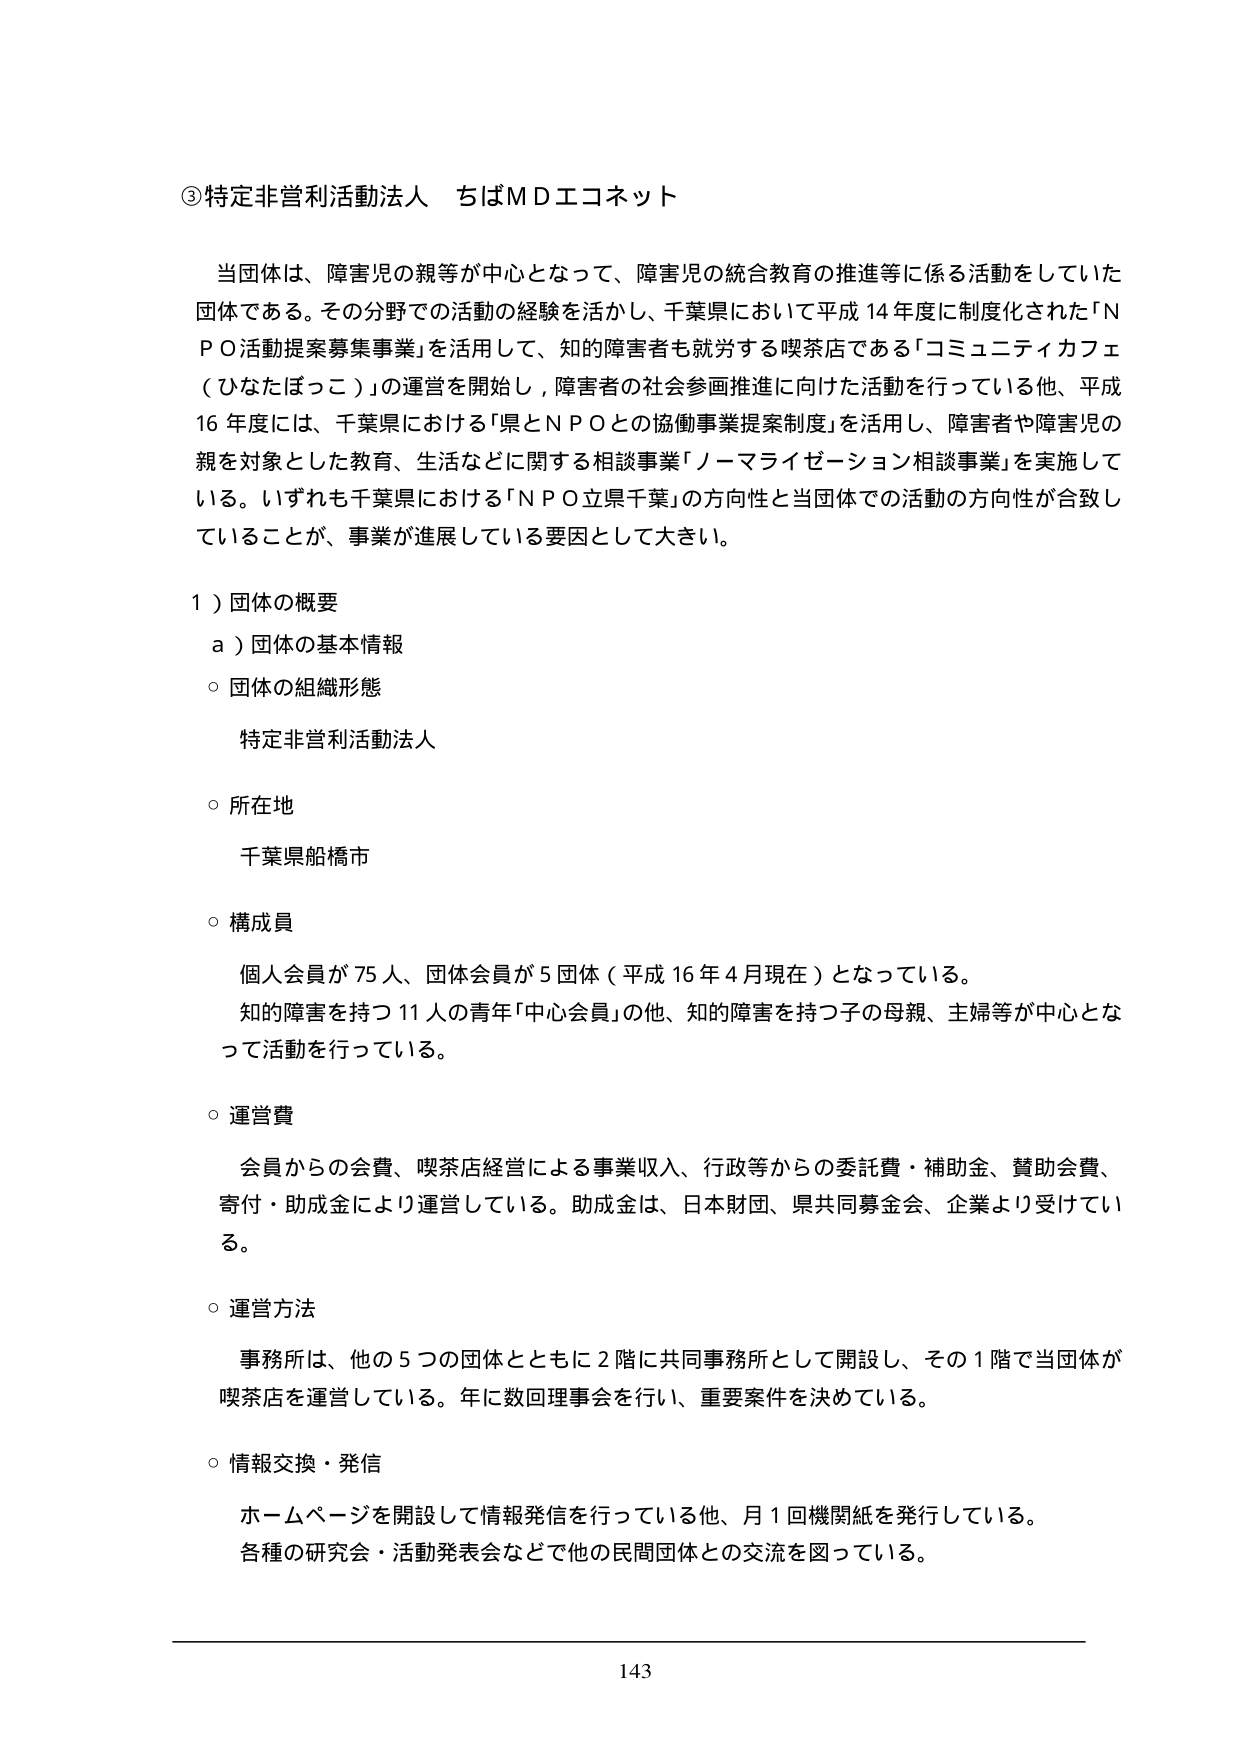
③特定非営利活動法人 ちばＭＤエコネット

当団体は、障害児の親等が中心となって、障害児の統合教育の推進等に係る活動をしていた団体である。その分野での活動の経験を活かし、千葉県において平成14年度に制度化された「ＮＰＯ活動提案募集事業」を活用して、知的障害者も就労する喫茶店である「コミュニティカフェ（ひなたぼっこ）」の運営を開始し、障害者の社会参画推進に向けた活動を行っている他、平成16年度には、千葉県における「県とＮＰＯとの協働事業提案制度」を活用し、障害者や障害児の親を対象とした教育、生活などに関する相談事業「ノーマライゼーション相談事業」を実施している。いずれも千葉県における「ＮＰＯ立県千葉」の方向性と当団体での活動の方向性が合致していることが、事業が進展している要因として大きい。

１）団体の概要
　ａ）団体の基本情報
　　○ 団体の組織形態
　　　特定非営利活動法人
　　○ 所在地
　　　千葉県船橋市
　　○ 構成員
　　　個人会員が75人、団体会員が5団体（平成16年4月現在）となっている。
　　　知的障害を持つ11人の青年「中心会員」の他、知的障害を持つ子の母親、主婦等が中心となって活動を行っている。
　　○ 運営費
　　　会員からの会費、喫茶店経営による事業収入、行政等からの委託費・補助金、賛助会費、寄付・助成金により運営している。助成金は、日本財団、県共同募金会、企業より受けている。
　　○ 運営方法
　　　事務所は、他の5つの団体とともに2階に共同事務所として開設し、その1階で当団体が喫茶店を運営している。年に数回理事会を行い、重要案件を決めている。
　　○ 情報交換・発信
　　　ホームページを開設して情報発信を行っている他、月1回機関紙を発行している。
　　　各種の研究会・活動発表会などで他の民間団体との交流を図っている。

143